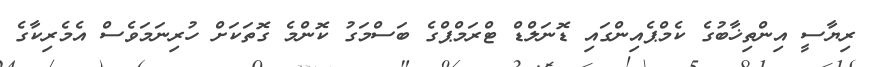
ރިޔާސީ އިންތިޚާބުގެ ކެމްޕެއިންގައި ޑޮނަލްޑް ޓްރަމްޕްގެ ބަސްމަގު ކޮންމެ ގޮތަކަށް ހުރިނަމަވެސް އެމެރިކާގެ